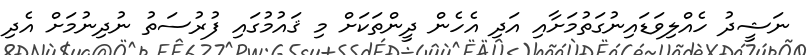
ނަޝީދު ހެއްލިވަޑައިނުގަތުމަށާއި އަދި އެހެން ދީންތަކަށް މި ޤައުމުގައި ފުރުސަތު ނުދިނުމަށް އެދި